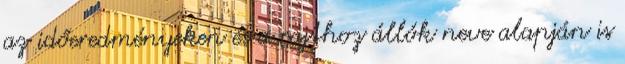
az időeredményeken és a rajthoz állók neve alapján is